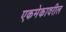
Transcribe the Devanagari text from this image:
एकमेकावरील